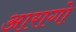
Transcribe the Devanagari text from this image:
आरागो